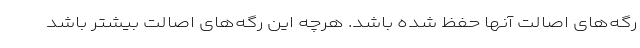
رگه‌های اصالت آنها حفظ شده باشد. هرچه این رگه‌های اصالت بیشتر باشد